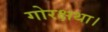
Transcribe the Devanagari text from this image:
गोरक्षथा।